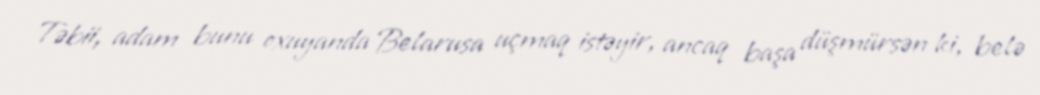
Təbii, adam bunu oxuyanda Belarusa uçmaq istəyir, ancaq başa düşmürsən ki, belə